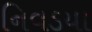
નિવડયા